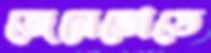
জেনেভোতে